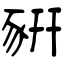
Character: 豣